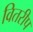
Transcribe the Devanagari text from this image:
वितरीप